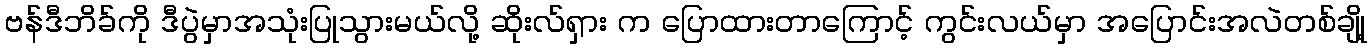
ဗန်ဒီဘိခ်ကို ဒီပွဲမှာအသုံးပြုသွားမယ်လို့ ဆိုးလ်ရှား က ပြောထားတာကြောင့် ကွင်းလယ်မှာ အပြောင်းအလဲတစ်ချို့